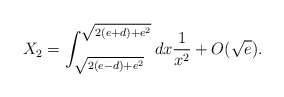
\begin{align*}X_2 = \int_{\sqrt{2(e - d)+e^2}}^{\sqrt{2(e + d)+e^2}}dx{1\over x^2} +O(\sqrt{e}).\end{align*}